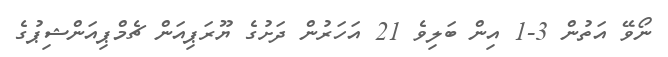
ނޯވޭ އަތުން 3-1 އިން ބަލިވެ 21 އަހަރުން ދަށުގެ ޔޫރަޕިއަން ޗެމްޕިއަންޝިޕުގެ